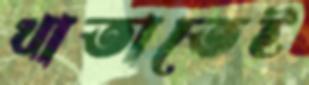
খাতাতেই